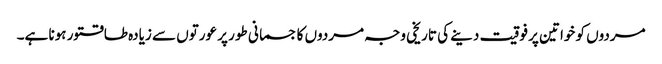
مردوں کو خواتین پر فوقیت دینے کی تاریخی وجہ مردوں کا جسمانی طور پر عورتوں سے زیادہ طاقتور ہونا ہے۔